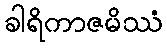
ခါရိကာဇမိဿံ